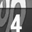
Digit: 4